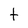
Character: t